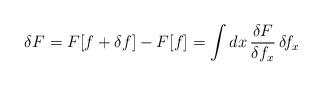
LaTeX: \begin{align*}\delta F= F[f+\delta f] - F[f] = \int dx\, \frac{\delta F}{\delta f_x}\, \delta\!f_x\end{align*}